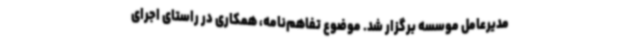
مدیرعامل موسسه برگزار شد. موضوع تفاهم‌نامه، همکاری در راستای اجرای